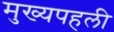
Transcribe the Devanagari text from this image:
मुख्यपहली